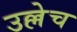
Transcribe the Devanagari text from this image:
उल्लेच